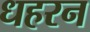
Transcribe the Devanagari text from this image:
धहरन